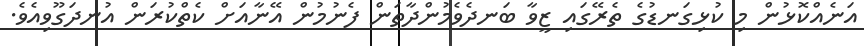
އަނެއްކޮޅުން މި ކުޅިގަނޑުގެ ތެރޭގައި ޒީވާ ބަނދެވެމުންދާތަން ފެނުމުން އޭނާއަށް ކެތްކުރަން އުނދަގޫވިއެވެ.